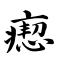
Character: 瘛